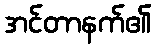
အင်တာနက်၏